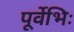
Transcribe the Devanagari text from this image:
पूर्वेभिः